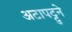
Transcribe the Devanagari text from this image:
अटापट्टुने